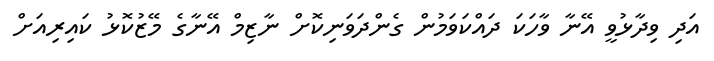
އަދި ވިދާޅުވީ އޭނާ ވާހަކަ ދައްކަވަމުން ގެންދަވަނިކޮށް ނާޒިމް އޭނާގެ މޭޒުކޮޅު ކައިރިއަށް